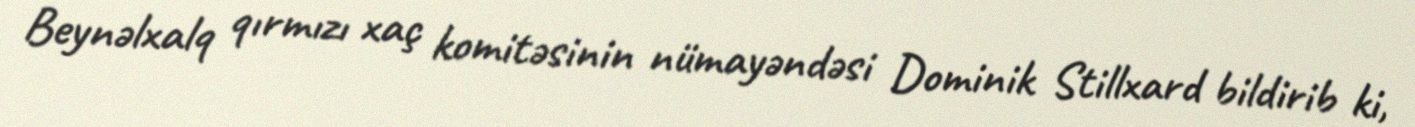
Beynəlxalq qırmızı xaç komitəsinin nümayəndəsi Dominik Stillxard bildirib ki,